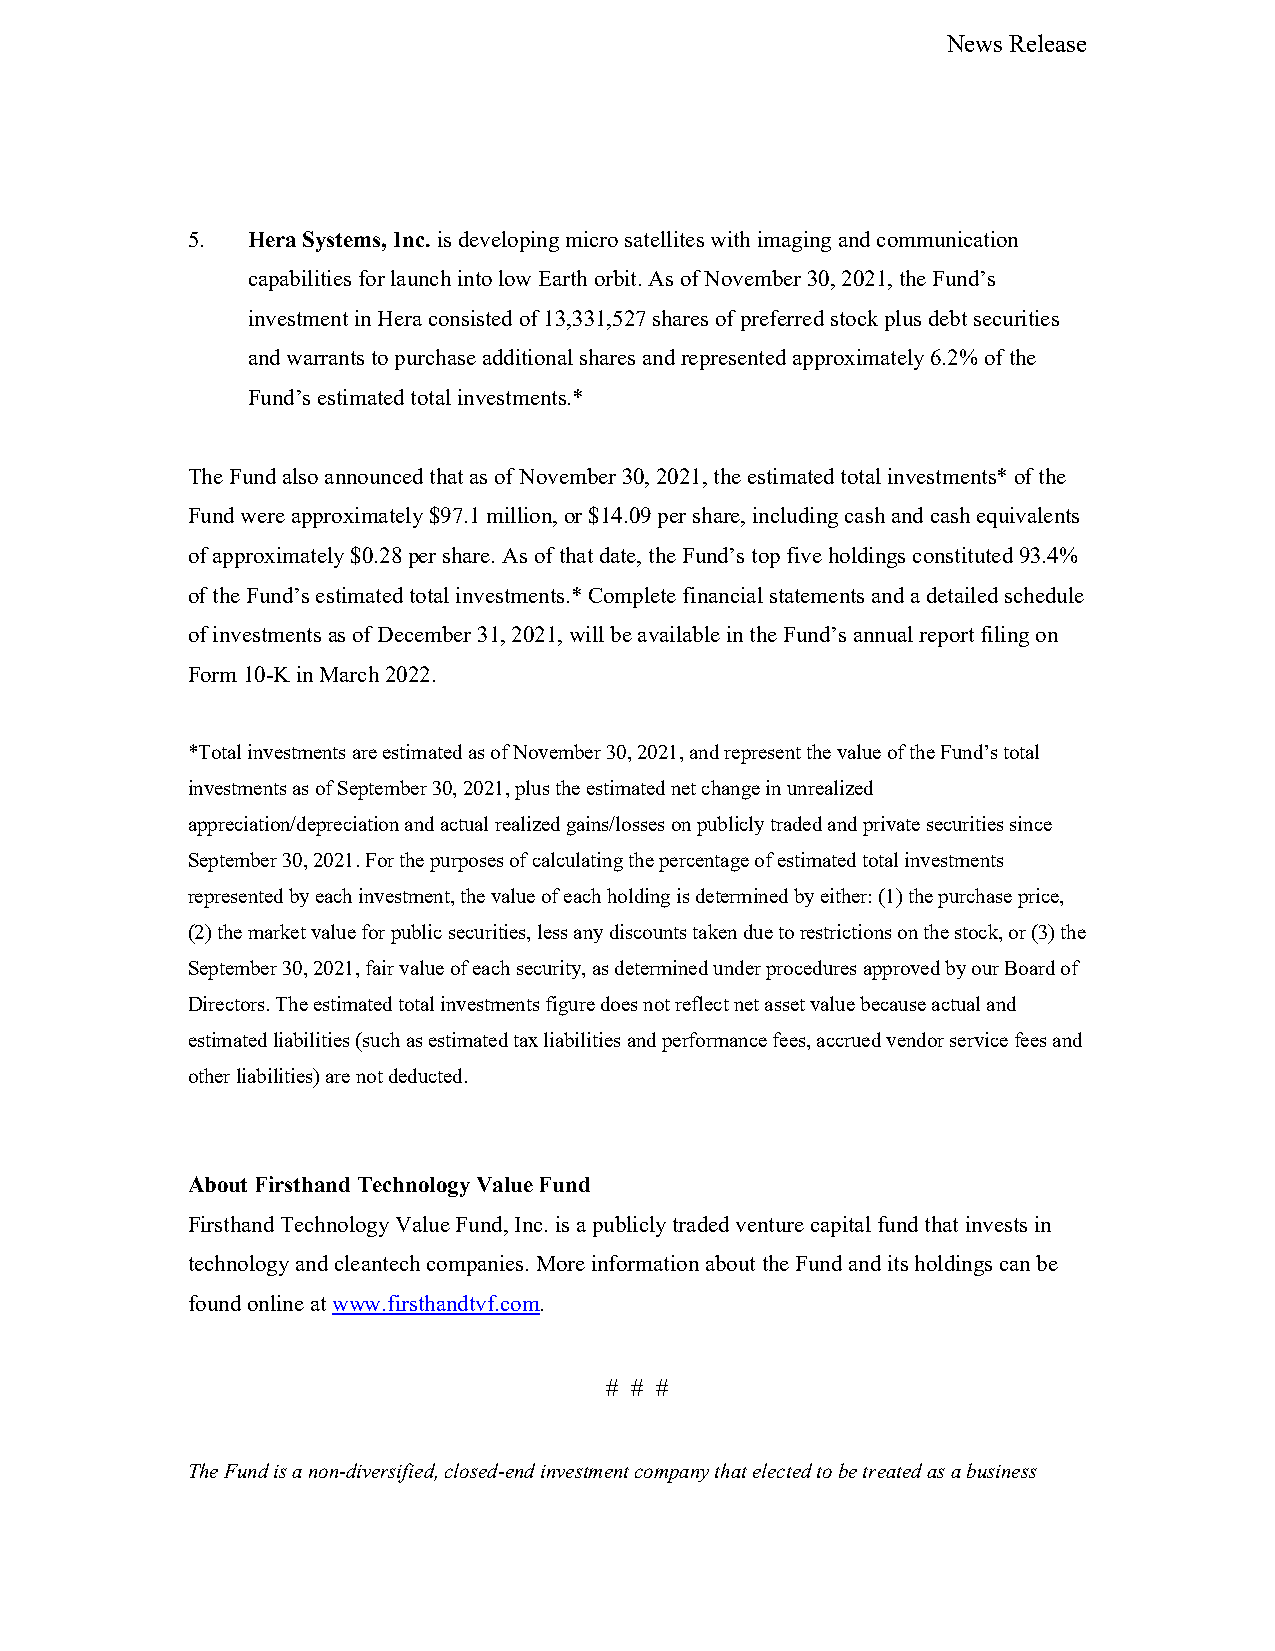
News Release
 5.  Hera Systems, Inc. is developing micro satellites with imaging and communication
 capabilities for launch into low Earth orbit. As of November 30, 2021, the Fund’s
 investment in Hera consisted of 13,331,527 shares of preferred stock plus debt securities
 and warrants to purchase additional shares and represented approximately 6.2% of the
 Fund’s estimated total investments.*
 The Fund also announced that as of November 30, 2021, the estimated total investments* of the
 Fund were approximately $97.1 million, or $14.09 per share, including cash and cash equivalents
 of approximately $0.28 per share. As of that date, the Fund’s top five holdings constituted 93.4%
 of the Fund’s estimated total investments.* Complete financial statements and a detailed schedule
 of investments as of December 31, 2021, will be available in the Fund’s annual report filing on
 Form 10-K in March 2022.
 *Total investments are estimated as of November 30, 2021, and represent the value of the Fund’s total
 investments as of September 30, 2021, plus the estimated net change in unrealized
 appreciation/depreciation and actual realized gains/losses on publicly traded and private securities since
 September 30, 2021. For the purposes of calculating the percentage of estimated total investments
 represented by each investment, the value of each holding is determined by either: (1) the purchase price,
 (2) the market value for public securities, less any discounts taken due to restrictions on the stock, or (3) the
 September 30, 2021, fair value of each security, as determined under procedures approved by our Board of
 Directors. The estimated total investments figure does not reflect net asset value because actual and
 estimated liabilities (such as estimated tax liabilities and performance fees, accrued vendor service fees and
 other liabilities) are not deducted.
 About Firsthand Technology Value Fund
 Firsthand Technology Value Fund, Inc. is a publicly traded venture capital fund that invests in
 technology and cleantech companies. More information about the Fund and its holdings can be
 found online at www.firsthandtvf.com.
 # # #
 The Fund is a non-diversified, closed-end investment company that elected to be treated as a business